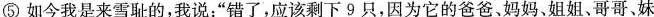
⑤如今我是来雪耻的，我说：”错了，应该剩下9只，因为它的爸爸，妈妈，姐姐、哥哥，妹